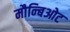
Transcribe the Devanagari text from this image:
मौन्बिओट